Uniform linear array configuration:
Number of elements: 16
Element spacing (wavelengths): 0.5
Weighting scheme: exponential
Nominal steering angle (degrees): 45
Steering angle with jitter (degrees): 46.182
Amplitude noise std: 0.05
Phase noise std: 0.05

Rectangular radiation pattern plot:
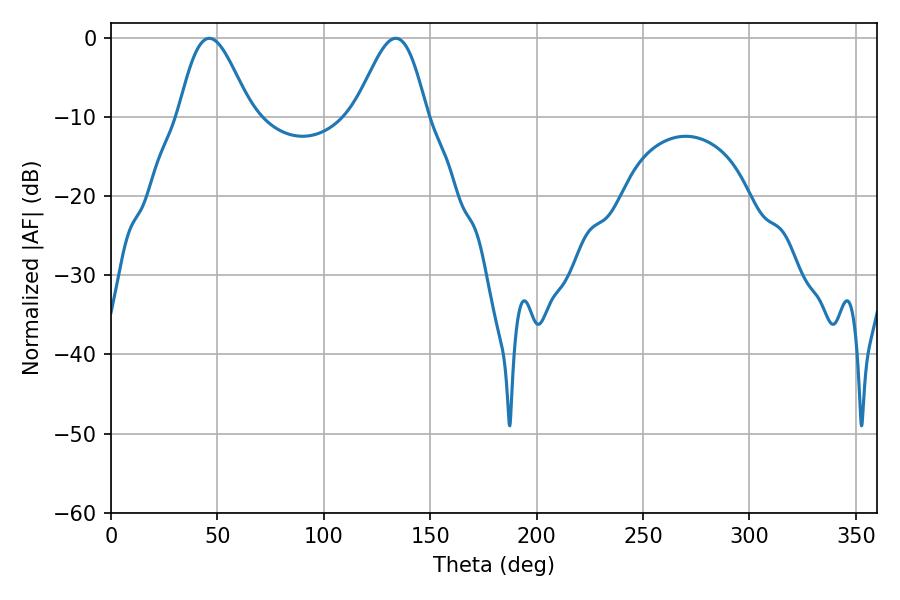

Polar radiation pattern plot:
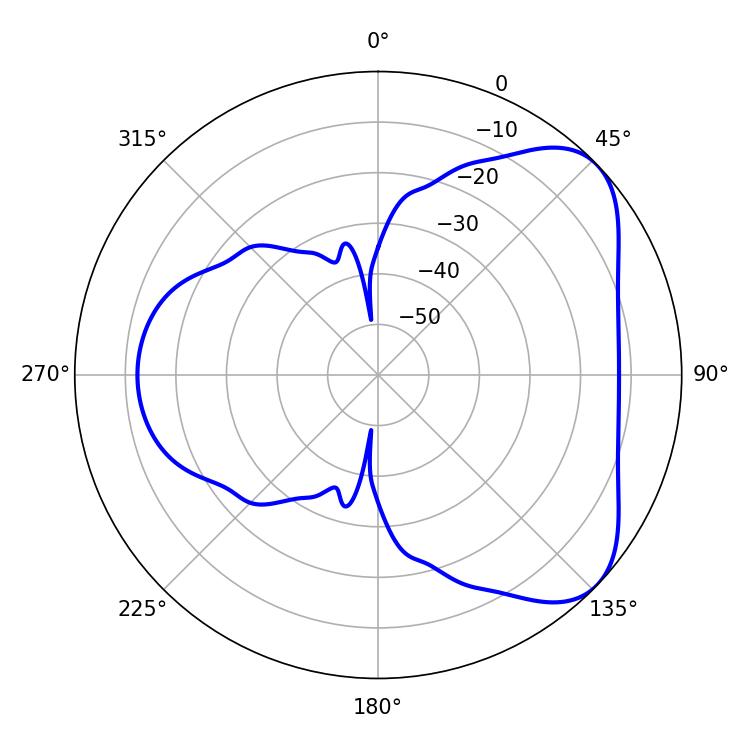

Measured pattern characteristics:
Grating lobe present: FALSE
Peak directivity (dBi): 5.778
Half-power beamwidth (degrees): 18
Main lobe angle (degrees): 46.26